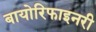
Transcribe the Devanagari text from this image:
बायोरिफाइनरी